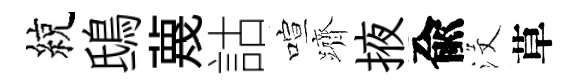
綂鴟蔑詁喧躋掖兪沒草